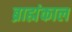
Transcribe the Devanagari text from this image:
ब्राह्मंकाल